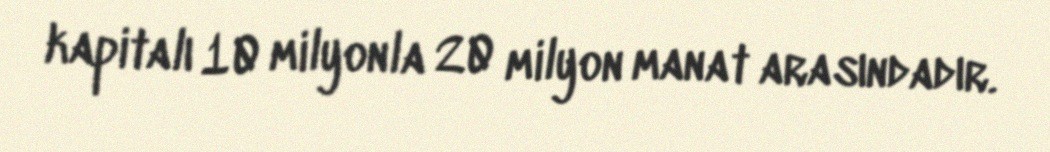
kapitalı 10 milyonla 20 milyon manat arasındadır.